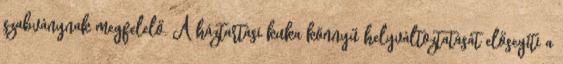
szabványnak megfelelő. A háztartási kuka könnyű helyváltoztatását elősegíti a